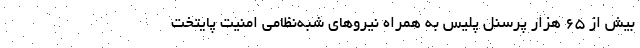
بیش از ۶۵ هزار پرسنل پلیس به همراه نیرو‌های شبه‌نظامی امنیت پایتخت